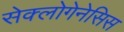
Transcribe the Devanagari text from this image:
सेक्लोगेनेसिस